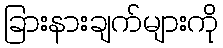
ခြားနားချက်များကို